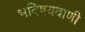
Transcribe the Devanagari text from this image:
भविषयवाणी